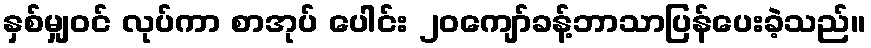
နှစ်မျှဝင် လုပ်ကာ စာအုပ် ပေါင်း ၂၀ကျော်ခန့်ဘာသာပြန်ပေးခဲ့သည်။